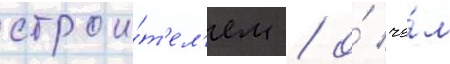
строи́т'ел'ем / о́ че́м